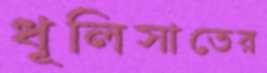
ধূলিসাতের